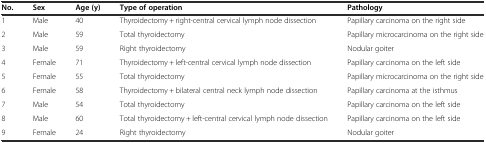
<table><thead><tr><td><b>No.</b></td><td><b>Sex</b></td><td><b>Age (y)</b></td><td><b>Type of operation</b></td><td><b>Pathology</b></td></tr></thead><tbody><tr><td>1</td><td>Male</td><td>40</td><td>Thyroidectomy + right-central cervical lymph node dissection</td><td>Papillary carcinoma on the right side</td></tr><tr><td>2</td><td>Male</td><td>59</td><td>Total thyroidectomy</td><td>Papillary microcarcinoma on the right side</td></tr><tr><td>3</td><td>Male</td><td>59</td><td>Right thyroidectomy</td><td>Nodular goiter</td></tr><tr><td>4</td><td>Female</td><td>71</td><td>Thyroidectomy + left-central cervical lymph node dissection</td><td>Papillary carcinoma on the left side</td></tr><tr><td>5</td><td>Female</td><td>55</td><td>Total thyroidectomy</td><td>Papillary microcarcinoma on the right side</td></tr><tr><td>6</td><td>Female</td><td>58</td><td>Thyroidectomy + bilateral central neck lymph node dissection</td><td>Papillary carcinoma at the isthmus</td></tr><tr><td>7</td><td>Male</td><td>54</td><td>Total thyroidectomy</td><td>Papillary carcinoma on the left side</td></tr><tr><td>8</td><td>Male</td><td>60</td><td>Total thyroidectomy + left-central cervical lymph node dissection</td><td>Papillary carcinoma on the left side</td></tr><tr><td>9</td><td>Female</td><td>24</td><td>Right thyroidectomy</td><td>Nodular goiter</td></tr></tbody></table>